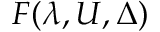
F ( \lambda , U , \Delta )